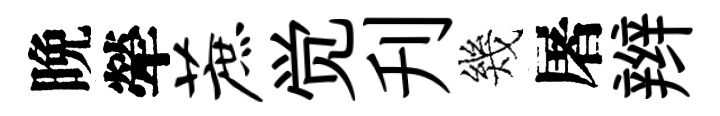
晩犖蔗觉刋幾屠辫